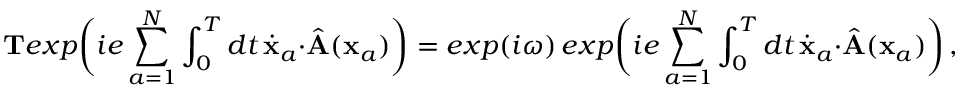
{ \bf T } e x p \biggl ( i e \sum _ { a = 1 } ^ { N } \int _ { 0 } ^ { T } d t \, { \dot { \bf x } } _ { a } \cdot { \hat { \bf A } } ( { \bf x } _ { a } ) \biggr ) = e x p ( i \omega ) \, e x p \biggl ( i e \sum _ { a = 1 } ^ { N } \int _ { 0 } ^ { T } d t \, { \dot { \bf x } } _ { a } \cdot { \hat { \bf A } } ( { \bf x } _ { a } ) \biggr ) \, ,